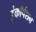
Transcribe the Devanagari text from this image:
इंकॉर्पशन